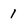
Character: 1